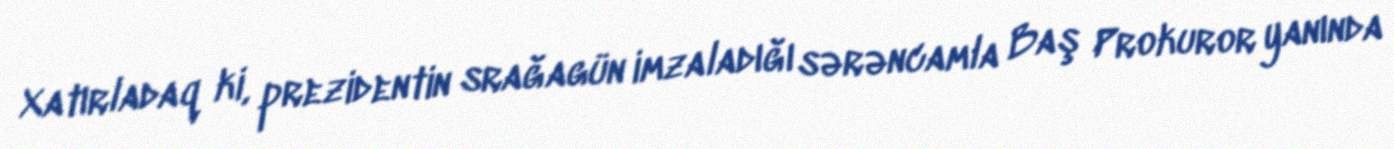
Xatırladaq ki, prezidentin srağagün imzaladığı sərəncamla Baş Prokuror yanında